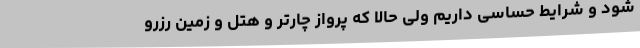
شود و شرایط حساسی داریم ولی حالا که پرواز چارتر و هتل و زمین رزرو